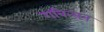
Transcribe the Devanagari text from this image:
राबिन्सन